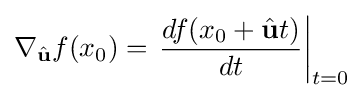
\nabla _{\hat {\mathbf {u}}}f(x_{0})=\left.{\frac {df(x_{0}+{\hat {\mathbf {u}}}t)}{dt}}\right|_{t=0}